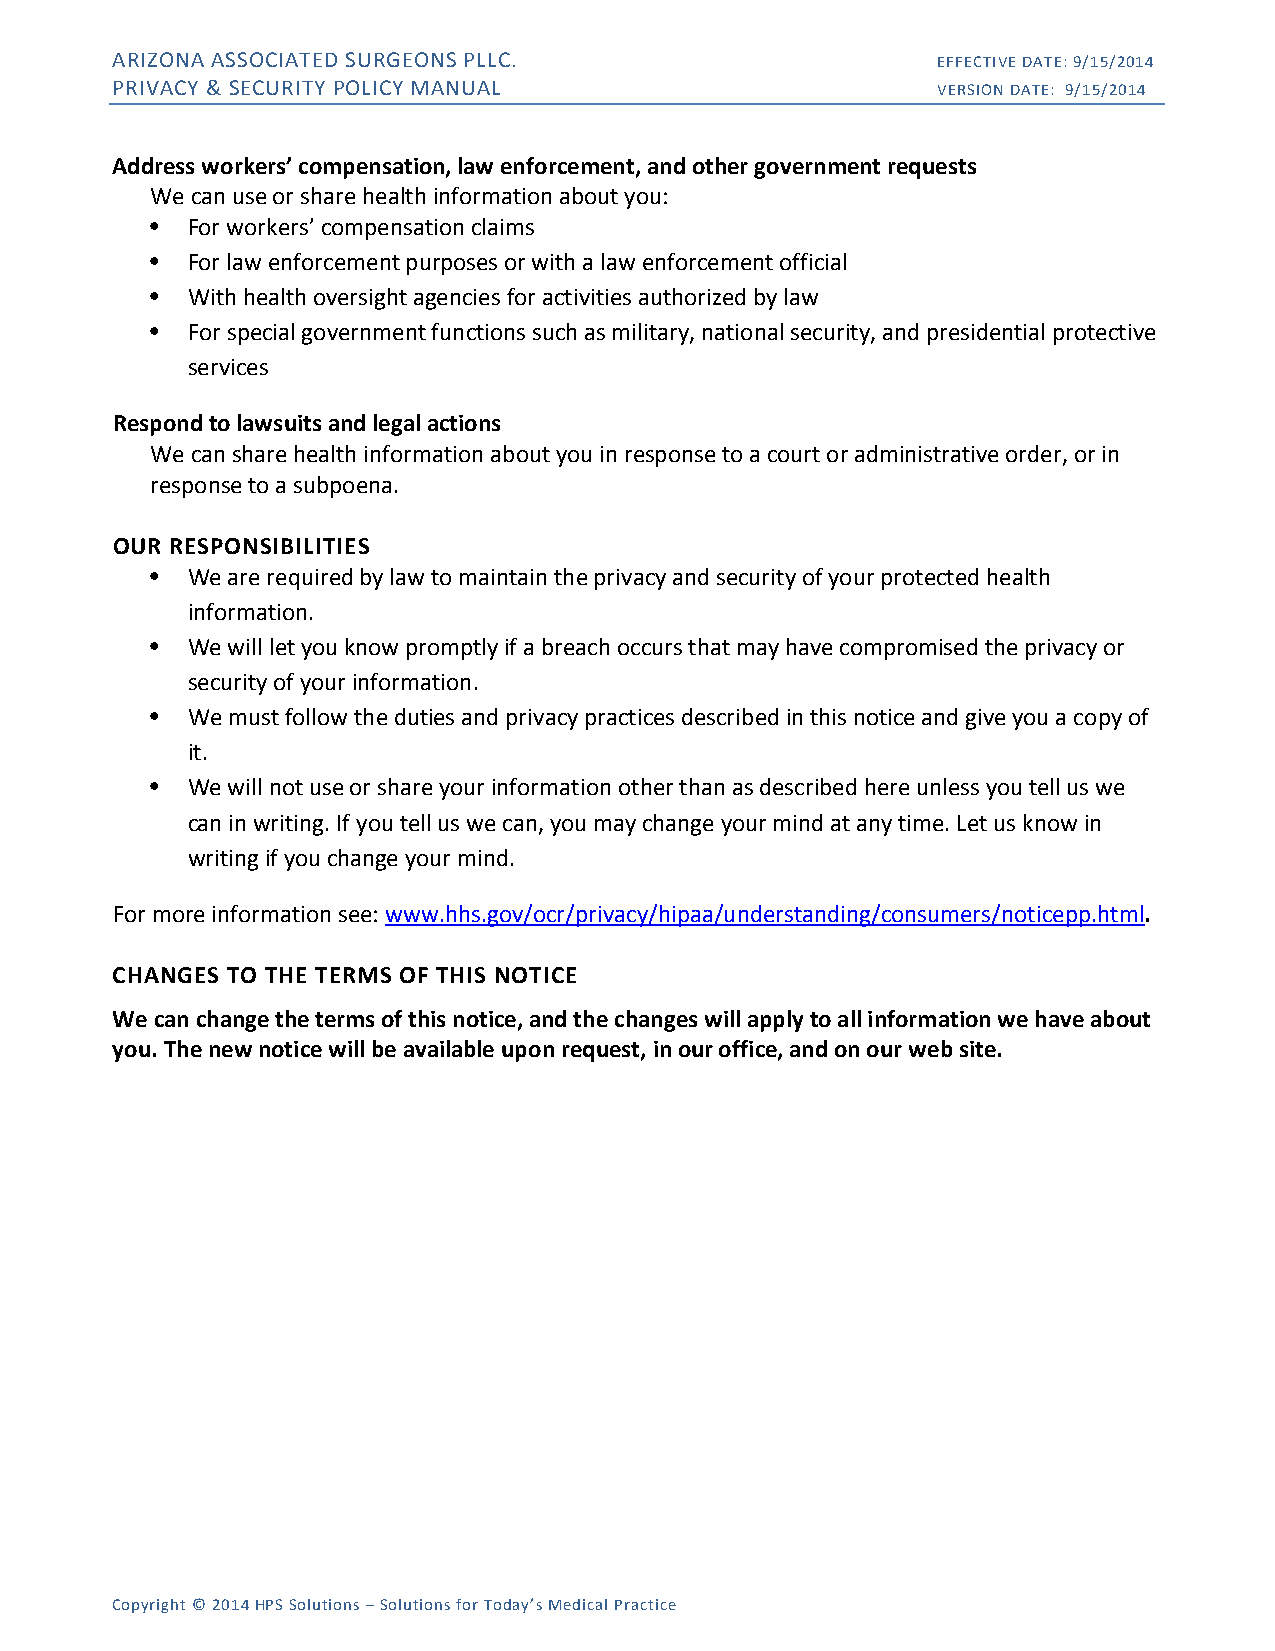
ARIZONA ASSOCIATED SURGEONS PLLC.                      EFFECTIVE DATE: 9/15/2014
 PRIVACY & SECURITY POLICY MANUAL                       VERSION DATE: 9/15/2014
 Address workers’ compensation, law enforcement, and other government requests
 We can use or share health information about you:
 • For workers’ compensation claims
 • For law enforcement purposes or with a law enforcement official
 • With health oversight agencies for activities authorized by law
 • For special government functions such as military, national security, and presidential protective
 services
 Respond to lawsuits and legal actions
 We can share health information about you in response to a court or administrative order, or in
 response to a subpoena.
 OUR RESPONSIBILITIES
 • We are required by law to maintain the privacy and security of your protected health
 information.
 • We will let you know promptly if a breach occurs that may have compromised the privacy or
 security of your information.
 • We must follow the duties and privacy practices described in this notice and give you a copy of
 it.
 • We will not use or share your information other than as described here unless you tell us we
 can in writing. If you tell us we can, you may change your mind at any time. Let us know in
 writing if you change your mind.
 For more information see: www.hhs.gov/ocr/privacy/hipaa/understanding/consumers/noticepp.html.
 CHANGES TO THE TERMS OF THIS NOTICE
 We can change the terms of this notice, and the changes will apply to all information we have about
 you. The new notice will be available upon request, in our office, and on our web site.
 Copyright © 2014 HPS Solutions – Solutions for Today’s Medical Practice